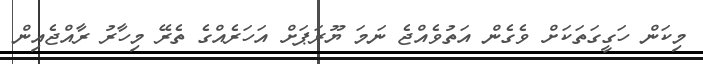
މިކަން ހަގީގަތަކަށް ވެގެން އަތުވެއްޖެ ނަމަ ޔޫރަޕަށް އަހަރެއްގެ ތެރޭ މިހާރު ރާއްޖެއިން